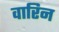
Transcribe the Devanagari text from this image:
वारिन